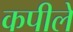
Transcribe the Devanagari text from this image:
कपीले